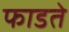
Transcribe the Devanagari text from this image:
फाडते